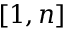
[ 1 , n ]